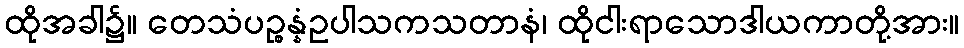
ထိုအခါ၌။ တေသံပဉ္စန္နံဥပါသကသတာနံ၊ ထိုငါးရာသောဒါယကာတို့အား။